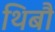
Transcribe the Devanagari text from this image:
थिबौ